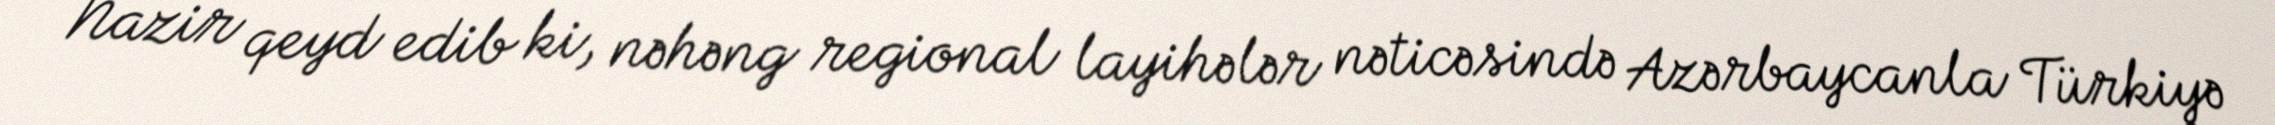
Nazir qeyd edib ki, nəhəng regional layihələr nəticəsində Azərbaycanla Türkiyə